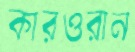
কারওরান